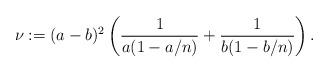
LaTeX: \begin{align*} \nu := (a-b)^2 \left( \frac{1}{a (1-a/n)} + \frac{1}{b(1-b/n)} \right). \end{align*}